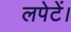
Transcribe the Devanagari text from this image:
लपेटें।